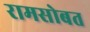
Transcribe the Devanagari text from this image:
रामसोबत